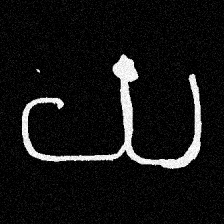
Pyu character \u2014 Myanmar letter: ယ (romanized: ya)